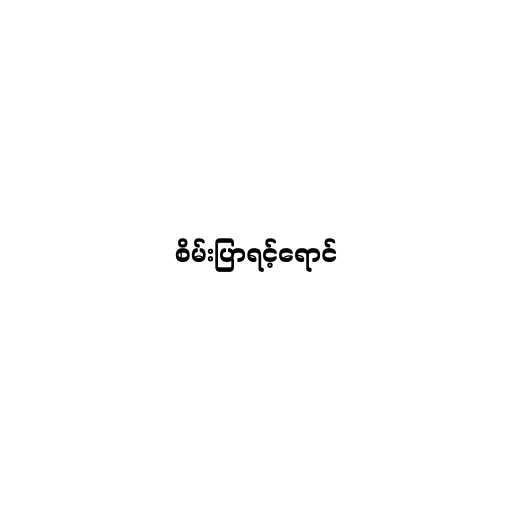
စိမ်းပြာရင့်ရောင်